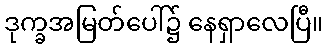
ဒုက္ခအမြတ်ပေါ်၌ နေရှာလေပြီ။